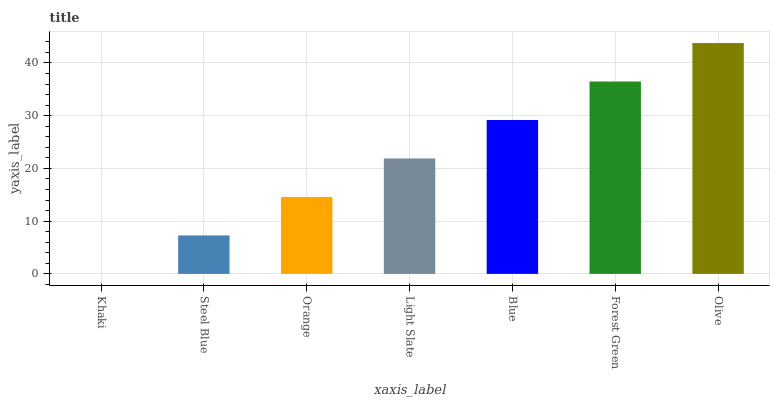
| xaxis_label | bars |
 | --- | --- |
 | Khaki | 0 |
 | Steel Blue | 7.3 |
 | Orange | 14.6 |
 | Light Slate | 21.9 |
 | Blue | 29.2 |
 | Forest Green | 36.5 |
 | Olive | 43.8 |